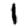
Digit: 1